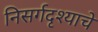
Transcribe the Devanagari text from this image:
निसर्गदृश्याचे